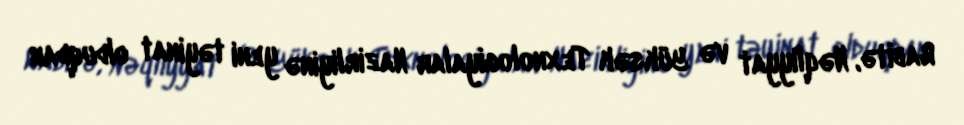
Rabitə, Nəqliyyat və Yüksək Texnologiyalar Nazirliyinə yeni təyinat olduqdan